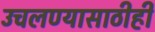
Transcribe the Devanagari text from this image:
उचलण्यासाठीही